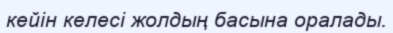
кейін келесі жолдың басына оралады.